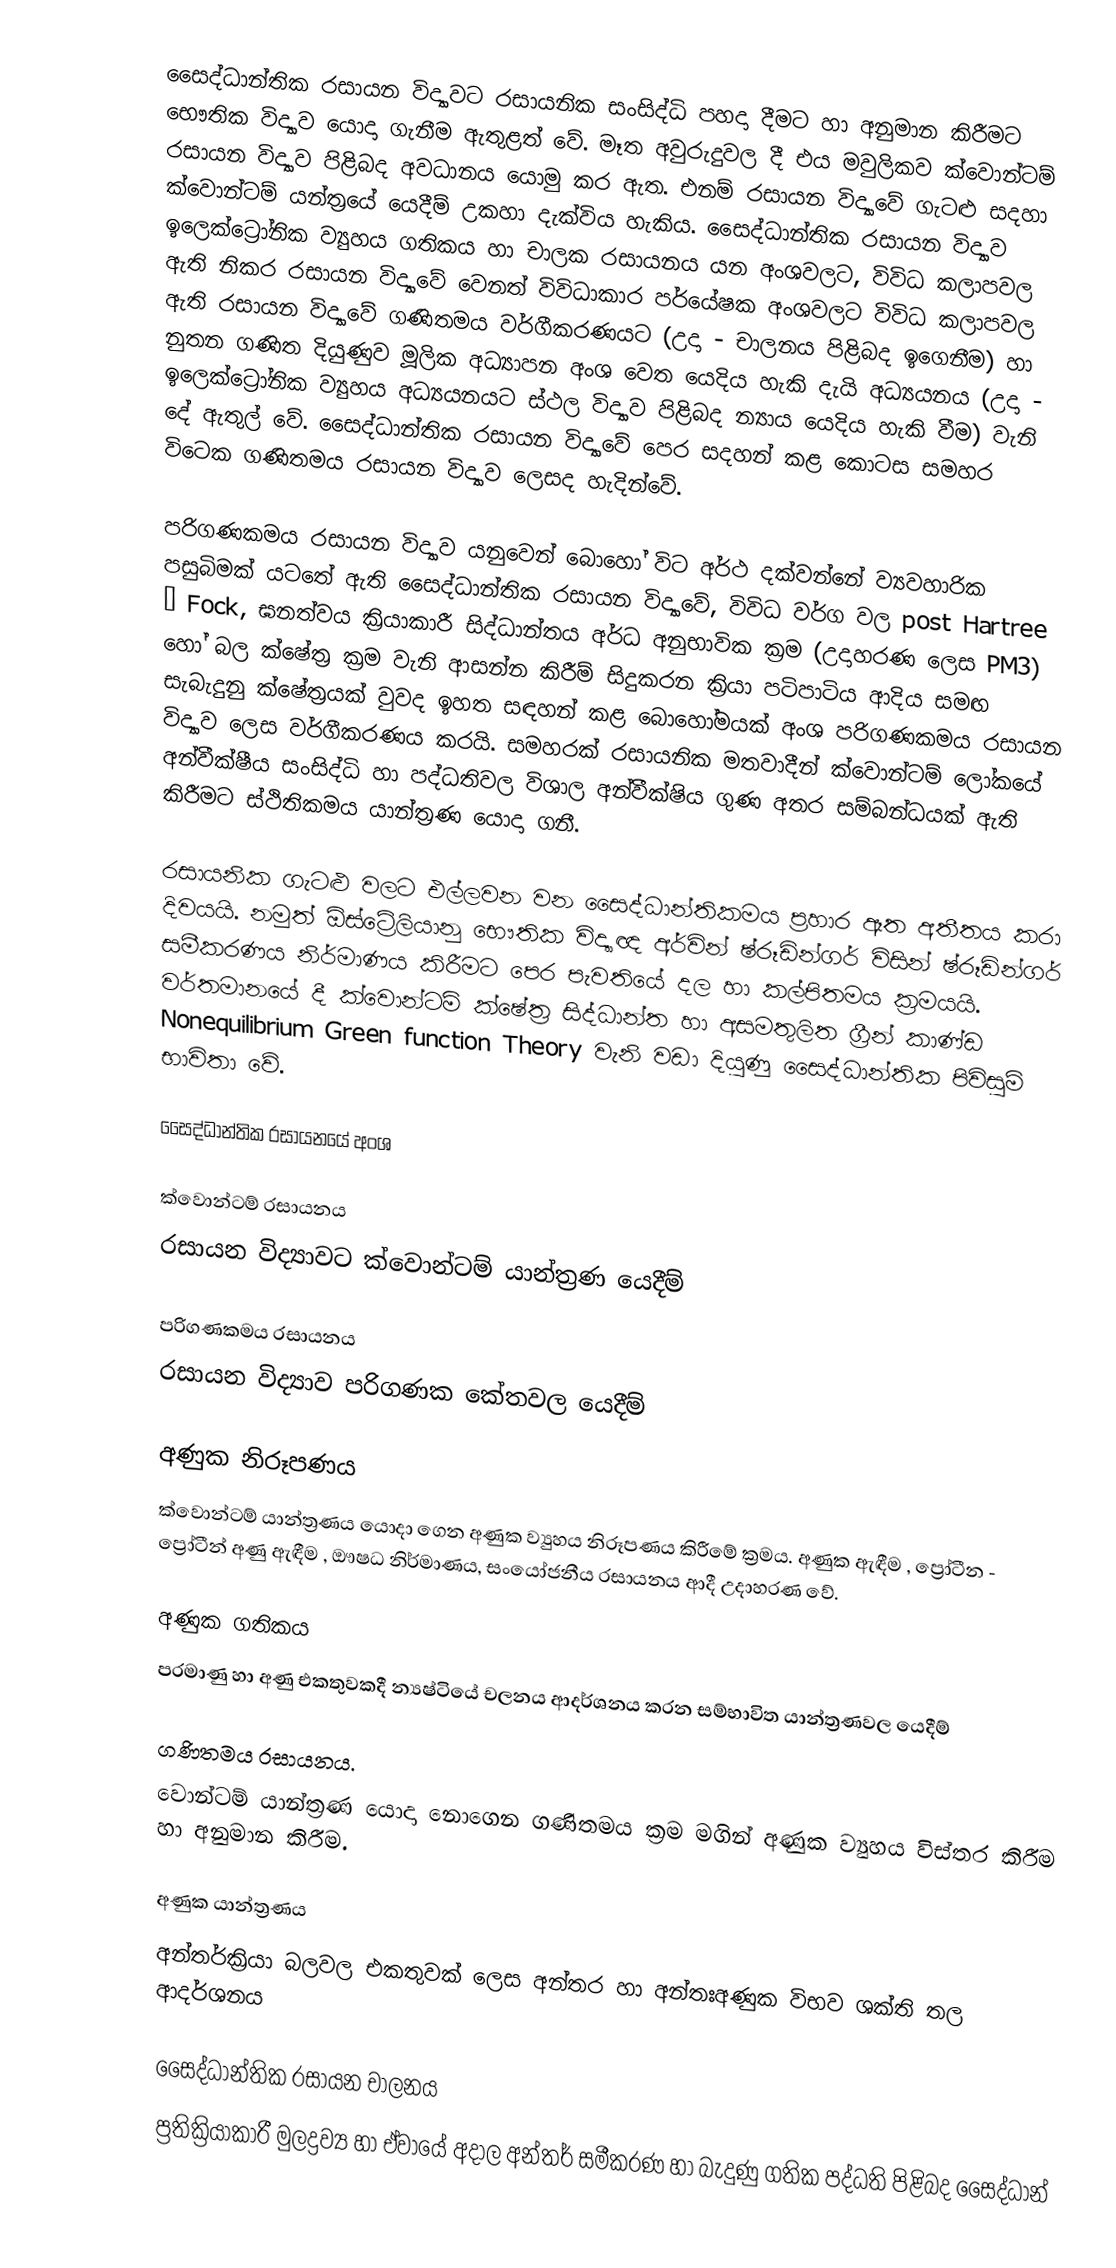
සෛද්ධාන්තික රසායන විද්‍යාවට‍ රසායනික සංසිද්ධි පහදා දීම‍ට හා අනුමාන කිරීමට භෞතික විද්‍යාව යොදා ගැනීම ඇතුළත් වේ.  මෑත අවුරුදුවල දී එය මවුලිකව ක්වොන්ටම් රසායන විද්‍යාව පිළිබද අවධානය යොමු කර ඇත. එනම් රසායන විද්‍යාවේ ගැටළු සදහා ක්වොන්ටම් යන්ත්‍රයේ යෙදීම් උකහා දැක්විය හැකිය. සෛද්ධාන්තික රසායන විද්‍යාව ඉලෙක්ට්‍රෝනික ව්‍යුහය ගතිකය හා චාලක රසායනය යන අංශවලට, විවිධ කලාපවල ඇති නිකර රසායන විද්‍යාවේ වෙනත් විවිධාකාර පර්යේෂක අංශවලට විවිධ කලාපවල ඇති රසායන විද්‍යාවේ ගණිතමය වර්ගීකරණයට (උදා - චාලනය පිළිබද ඉගෙනීම) හා නුතන ගණිත දියුණුව මූලික අධ්‍යාපන අංශ වෙත යෙදිය හැකි දැයි අධ්‍යයනය (උදා - ඉලෙක්ට්‍රෝනික ව්‍යුහය අධ්‍යයනයට ස්ථල විද්‍යාව පිළිබද න්‍යාය යෙදිය හැකි වීම) වැනි දේ ඇතුල් වේ.  සෛද්ධාන්තික රසායන විද්‍යාවේ පෙර සදහන් කළ කොටස සමහර විටෙක ගණිතමය රසායන විද්‍යාව ලෙසද හැදින්වේ.

පරිගණකමය රසායන විද්‍යාව යනුවෙන් බොහෝ විට අර්ථ දක්වන්නේ ව්‍යවහාරික පසුබිමක් යටතේ ඇති සෛද්ධාන්තික රසායන විද්‍යාවේ, විවිධ වර්ග වල post Hartree – Fock, ඝනත්වය ක්‍රියාකාරී සිද්ධාන්තය අර්ධ අනුභාවික ක්‍රම (උදාහරණ ලෙස PM3) හෝ බල ක්ෂේත්‍ර ක්‍රම වැනි ආසන්න කිරීම් සිදුකරන ක්‍රියා පටිපාටිය ආදිය සමඟ සැබැදුනු ක්ෂේත්‍රයක් වුවද ඉහත සඳහන් කළ බොහෝමයක් අංශ පරිගණකමය රසායන විද්‍යාව ලෙස වර්ගීකරණය කරයි. සමහරක් රසායනික මතවාදීන් ක්වොන්ටම් ලෝකයේ අන්වීක්ෂීය සංසිද්ධි හා පද්ධතිවල විශාල අන්වීක්ෂිය ගුණ අතර සම්බන්ධයක් ඇති කිරීමට ස්ථිතිකමය යාන්ත්‍රණ යොදා ගනී.

රසායනික ගැටළු වලට එල්ලවන වන සෛද්ධාන්තිකමය  ප්‍රහාර ඈත අතීතය  කරා දිවයයි. නමුත් ඕස්ට්‍රේලියානු භෞතික විද්‍යාඥ අර්වින් ෂ්රූඩින්ගර් විසින් ෂ්රූඩින්ගර් සමීකරණය නිර්මාණය කිරීමට පෙර පැවතියේ දල හා කල්පිතමය ක්‍රමයයි. වර්තමානයේ දී ක්වොන්ටම් ක්ෂේත්‍ර සිද්ධාන්ත හා අසමතුලිත ග්‍රීන් කාණ්ඩ   Nonequilibrium Green function Theory  වැනි වඩා දියුණු සෛද්ධාන්තික පිවිසුම් භාවිතා වේ.

සෛද්ධාන්තික රසායනයේ අංශ

	ක්වොන්ටම්  රසායනය
	රසායන විද්‍යාවට ක්වොන්ටම් යාන්ත්‍රණ යෙදීම්

	පරිගණකමය රසායනය
රසායන විද්‍යාව පරිගණක කේතවල යෙදීම්

	අණුක නිරූපණය
ක්වොන්ටම් යාන්ත්‍රණය යොදා ගෙන අණුක ව්‍යුහය නිරූපණය කිරීමේ ක්‍රමය. අණුක ඇඳීම , ප්‍රෝටීන - ප්‍රෝටීන් අණු ඇඳීම , ඖෂධ නිර්මාණය, සංයෝජනීය රසායනය ආදී උදාහරණ වේ.

	අණුක ගතිකය
පරමාණු හා අණු එකතුවකදී න්‍යෂ්ටියේ චලනය ආදර්ශනය කරන සම්භාවිත යාන්ත්‍රණවල යෙදීම්

	ගණිතමය රසායනය.
වොන්ටම් යාන්‍ත්‍රණ යොදා නොගෙන ගණිතමය ක්‍රම මගින් අණුක ව්‍යුහය විස්තර කිරීම හා අනුමාන කිරීම.

	අණුක යාන්ත්‍රණය
අන්තර්ක්‍රියා බලවල එකතුවක් ලෙස අන්තර හා අන්තඃඅණුක විභව ශක්ති තල ආදර්ශනය

	සෛද්ධාන්තික රසායන චාලනය
ප්‍රතික්‍රියාකාරී මුලද්‍රව්‍ය හා ඒව‍ායේ අදාල අන්තර් සමීකරණ හා බැදුණු ගතික පද්ධති පිළිබද සෛද්ධාන්